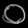
Digit: ၀